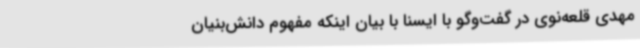
مهدی قلعه‌نوی در گفت‌وگو با ایسنا با بیان اینکه مفهوم دانش‌بنیان